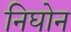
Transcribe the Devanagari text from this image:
निघोन